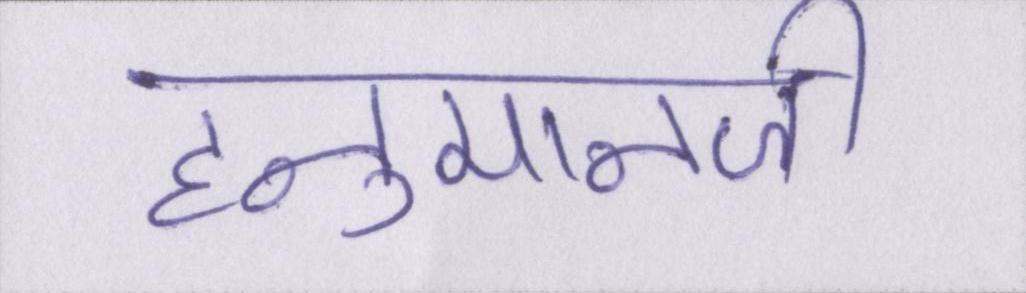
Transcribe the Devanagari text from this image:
हनुमानजी